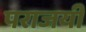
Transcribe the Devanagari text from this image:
पराजयी